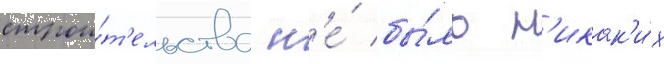
строи́т'ельства н'е́ бы́ло н'икак'и́х